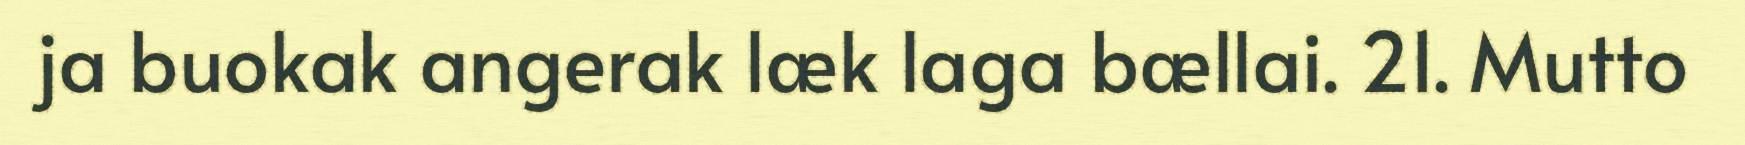
ja buokak angerak læk laga bællai. 21. Mutto